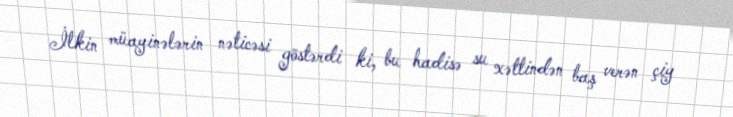
İlkin müayinələrin nəticəsi göstərdi ki, bu hadisə su xəttindən baş verən çiy